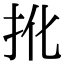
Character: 𢪎